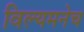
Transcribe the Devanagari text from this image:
विल्यमनेच